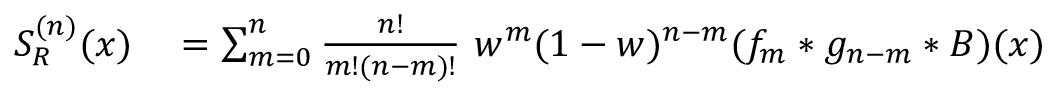
\begin{array} { r l } { S _ { R } ^ { ( n ) } ( x ) } & { { } = \sum _ { m = 0 } ^ { n } \frac { n ! } { m ! ( n - m ) ! } \ w ^ { m } ( 1 - w ) ^ { n - m } ( f _ { m } * g _ { n - m } * B ) ( x ) } \end{array}